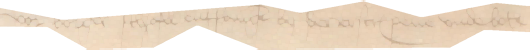
vor borger schall entfangen by der erscreuenen vnde bote